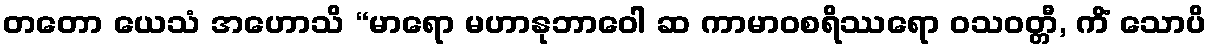
တတော ယေသံ အဟောသိ “မာရော မဟာနုဘာဝေါ ဆ ကာမာဝစရိဿရော ဝသဝတ္တီ, ကိံ သောပိ